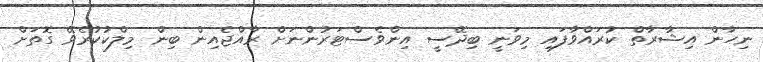
ނިހާން އިޝާރާތް ކުރައްވާފައި މިވަނީ ބިދޭސީ އިންވެސްޓަރުންނަށް ރާއްޖެއިން ބިން މިލްކުކުރެވޭ ގޮތަށް